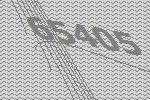
65405